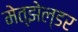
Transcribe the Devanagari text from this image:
मेत्झेल्डर